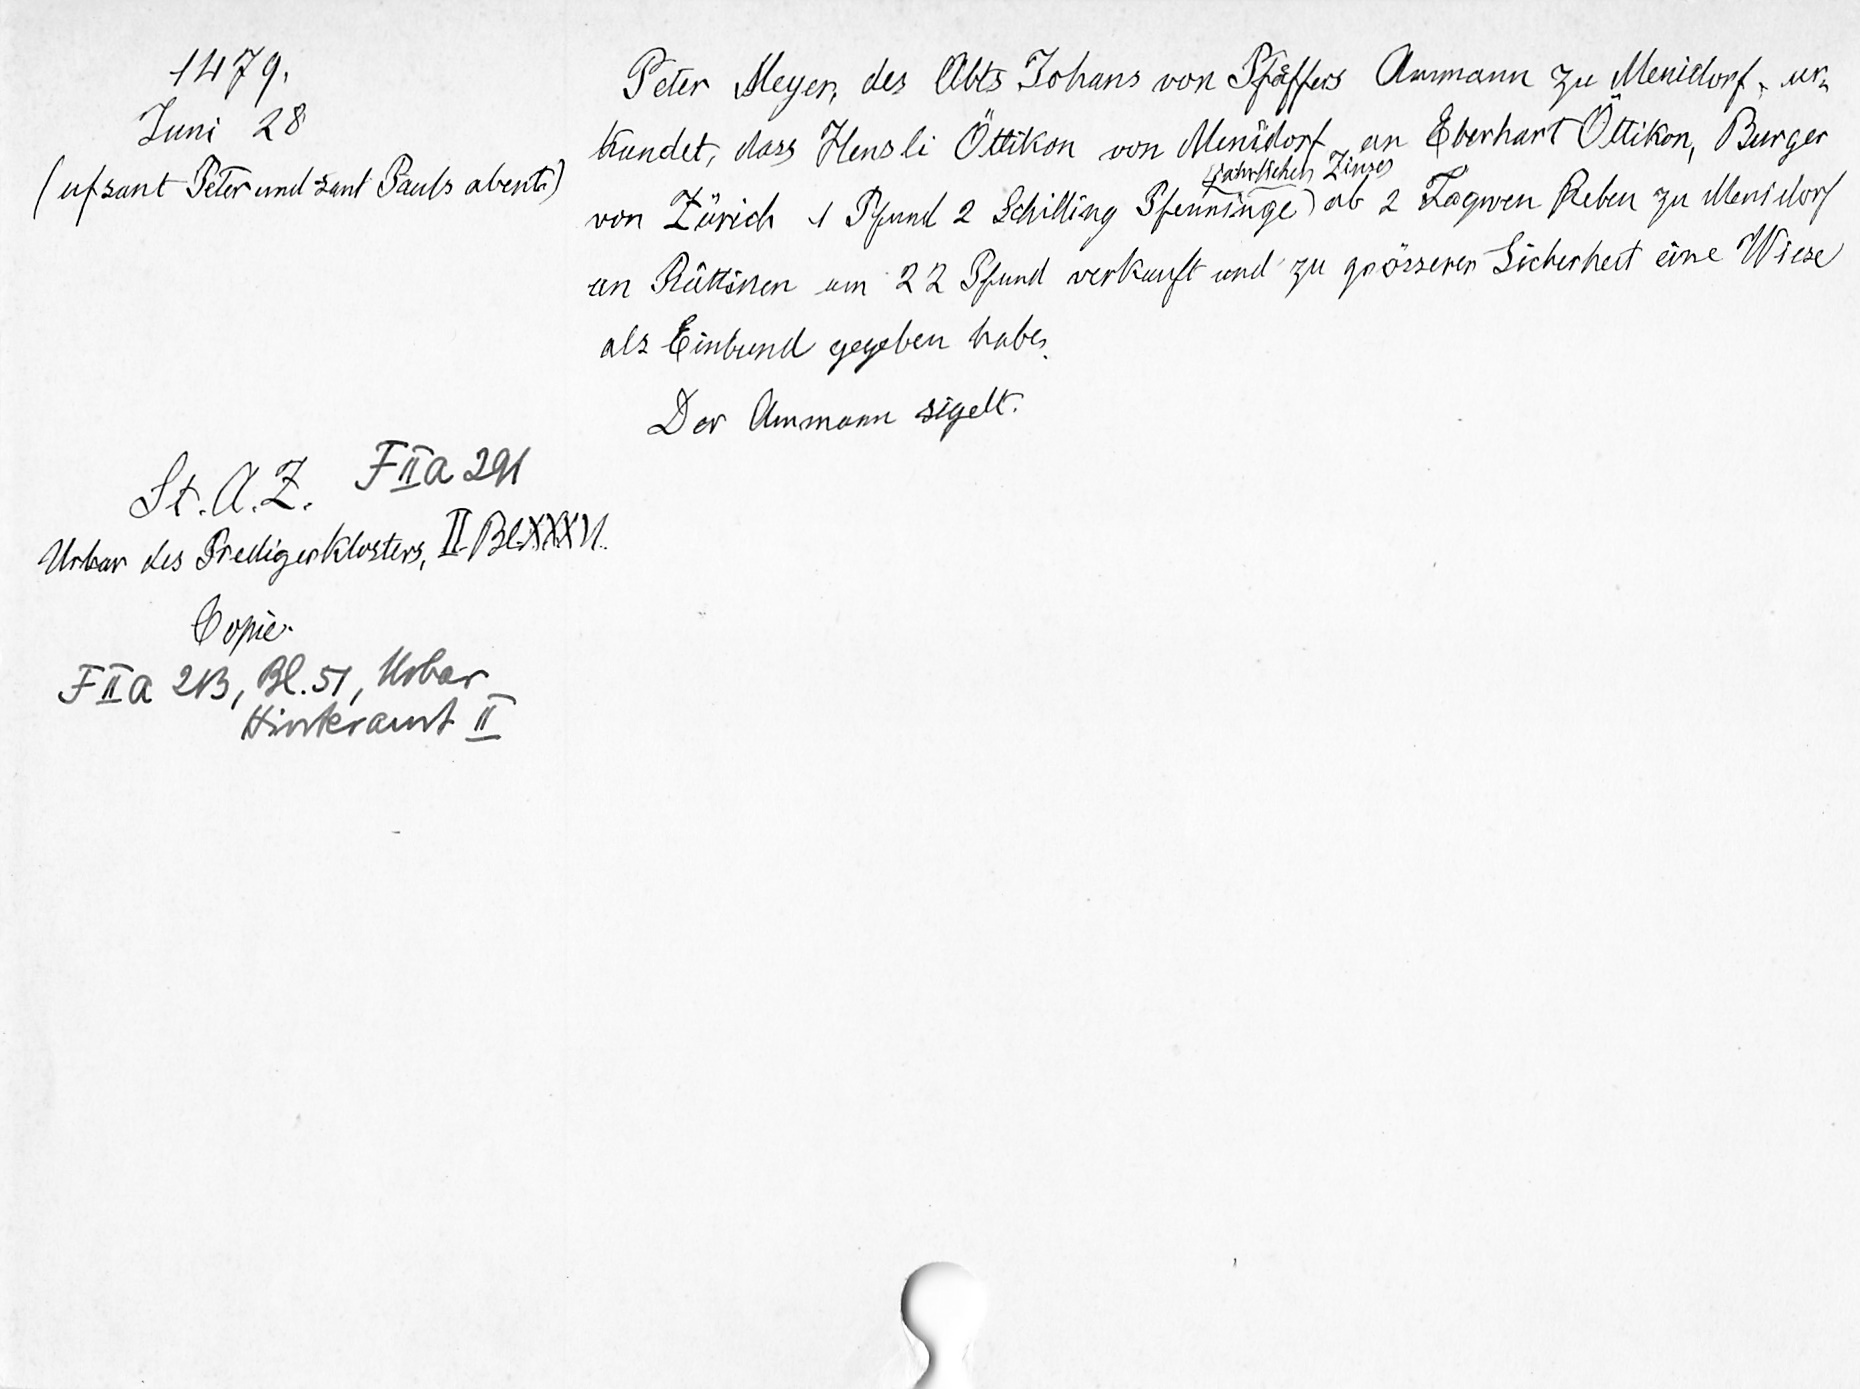
1479.
Peter Meyer, des Abts Johans von Pfaͤffers Ammann zu Menidorf, ur¬
Juni 28
kundet, dass Hensli Öttikon von Menidorf an Eberhart Öttikon, Burger
jährlichen Zinses
(uf sant Peter und sant Pauls abent.)
von Zürich 1 Pfund 2 Schilling Pfenninge ab 2 Tagwen Reben zu Menidorf
an Rüttinen um 22 Pfund verkauft und zu grösserer Sicherheit eine Wiese
als Einbund gegeben habe.
Der Ammann sigelt.
St. A. Z. F II a 291
Urbar des Predigerklosters, II. Bl. XXXVI.
Copie.
F II a 213, Bl. 51, Urbar
Hinteramt II